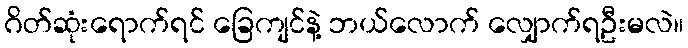
ဂိတ်ဆုံးရောက်ရင် ခြေကျင်နဲ့ ဘယ်လောက် လျှောက်ရဦးမလဲ။